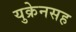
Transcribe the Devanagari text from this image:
युक्रेनसह